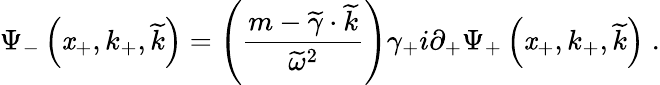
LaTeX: \Psi_{-}\left(\mathit{x}_{+},k_{+},\widetilde{{k}}\right)=\left({\frac{{m-\widetilde{{\gamma}}\cdot\widetilde{{k}}}}{{\widetilde{{\omega}}^{2}}}}\right)\gamma_{+}i\partial_{+}\Psi_{+}\left(\mathit{x}_{+},k_{+},\widetilde{{k}}\right)\; .